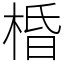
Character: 棔